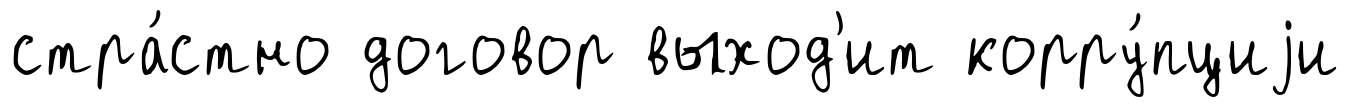
стра́стно договор выход'ит корру́пциjи